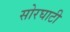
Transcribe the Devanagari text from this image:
सोरघाटी